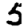
Digit: 5